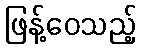
ဖြန့်ဝေသည့်